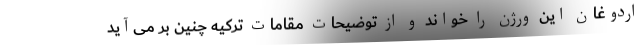
اردوغان این ورژن را خواند و از توضیحات مقامات ترکیه چنین بر می‌آید